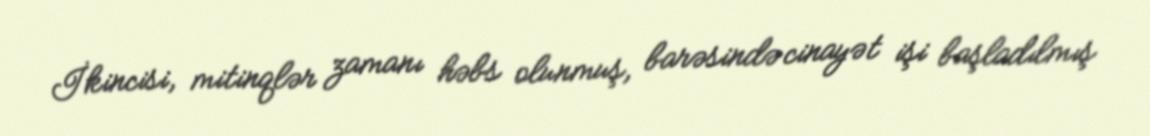
İkincisi, mitinqlər zamanı həbs olunmuş, barəsində cinayət işi başladılmış